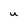
Character: u